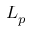
L _ { p }